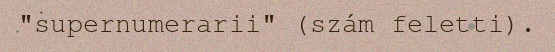
"supernumerarii" (szám feletti).